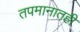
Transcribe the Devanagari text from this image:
तपमानातही